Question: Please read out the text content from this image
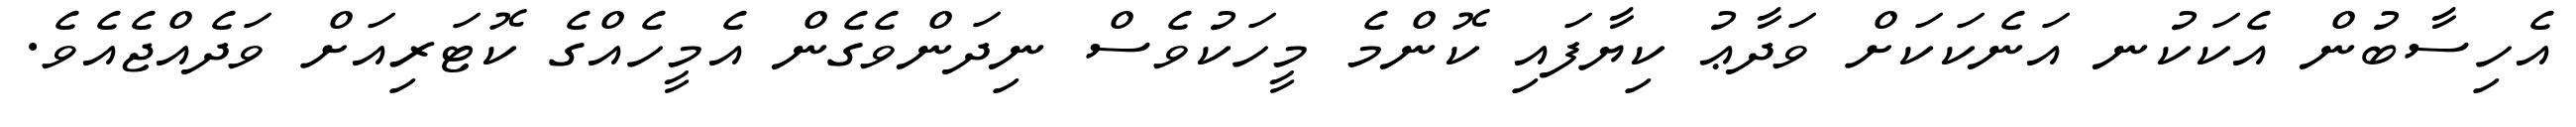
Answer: އެހިސާބުން އެކަކުނ އަނެކަކަށް ވަދާޢު ކިޔާފައި ކޮންމެ މީހަކުވެސް ނިދަންވެގެން އެމީހެއްގެ ކޮޓަރިއަށް ވަދެއްޖެއެވެ.